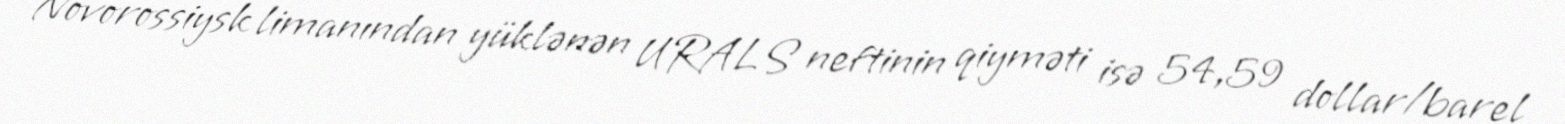
Novorossiysk limanından yüklənən URALS neftinin qiyməti isə 54,59 dollar/barel